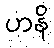
ဟနိ